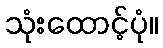
သုံးထောင့်ပုံ။